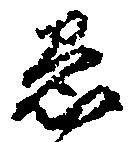
愚